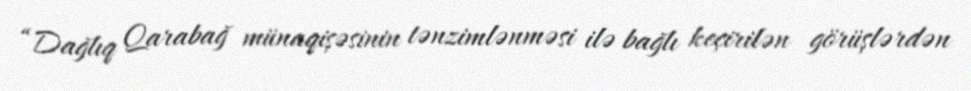
“Dağlıq Qarabağ münaqişəsinin tənzimlənməsi ilə bağlı keçirilən görüşlərdən